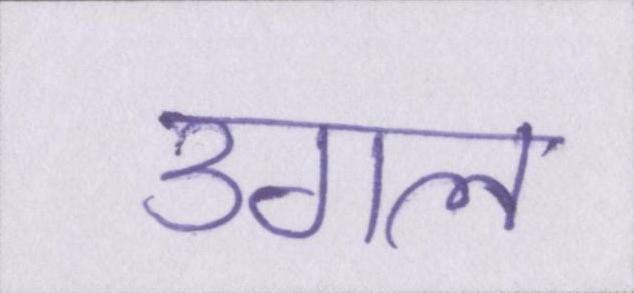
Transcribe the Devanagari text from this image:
उगल